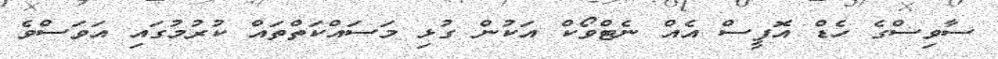
ސާވިސްގެ ހެޑް އޮފީސް އެއް ނެޓްވޯކް އަކުން ގުޅި މަސައްކަތްތައް ކުރުމުގައި އަވަސްވެ